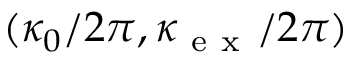
( \kappa _ { 0 } / 2 \pi , \kappa _ { \mathrm { ~ e ~ x ~ } } / 2 \pi )